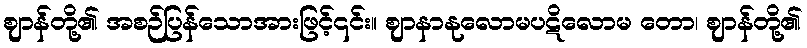
ဈာန်တို့၏ အစဉ်ပြန်သောအားဖြင့်၎င်း။ ဈာနာနုလောမပဋိလောမ တော၊ ဈာန်တို့၏